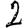
Digit: 2